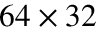
6 4 \times 3 2